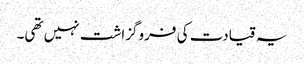
یہ قیادت کی فروگزاشت نہیں تھی۔